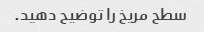
سطح مریخ را توضیح دهید.